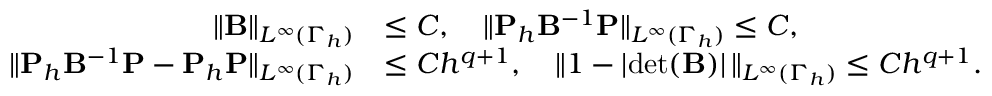
\begin{array} { r l } { \| \mathbf B \| _ { L ^ { \infty } ( \Gamma _ { h } ) } } & { \le C , \quad \| \mathbf P _ { h } \mathbf B ^ { - 1 } \mathbf P \| _ { L ^ { \infty } ( \Gamma _ { h } ) } \le C , } \\ { \| \mathbf P _ { h } \mathbf B ^ { - 1 } \mathbf P - \mathbf P _ { h } \mathbf P \| _ { L ^ { \infty } ( \Gamma _ { h } ) } } & { \le C h ^ { q + 1 } , \quad \| 1 - | \mathrm { d e t } ( \mathbf B ) | \, \| _ { L ^ { \infty } ( \Gamma _ { h } ) } \le C h ^ { q + 1 } . } \end{array}